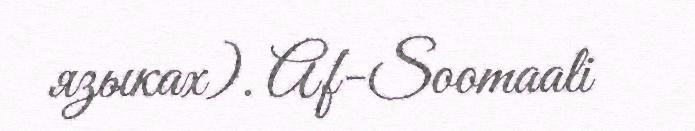
языках). Af-Soomaali